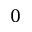
0